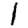
Digit: 1